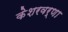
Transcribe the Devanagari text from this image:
केशरवर्णा